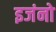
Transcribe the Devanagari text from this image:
इजंनो